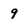
Character: 9